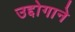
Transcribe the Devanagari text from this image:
उद्दोगाने